Document type: Barter
Year: 1304
Scribe: Pere Pometa
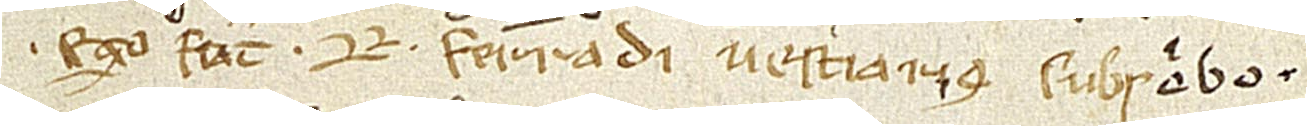
Ego frater R. Ferrandi, vestiarius, subscribo.